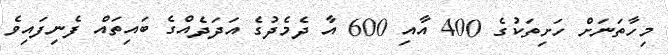
މިހާތަނަށް ހަށިތަކުގެ 400 އާއި 600 އާ ދެމެދުގެ އަދަދެއްގެ ބައިތައް ފެނިފައިވެ